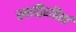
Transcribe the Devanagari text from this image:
स्याद्विरहितां